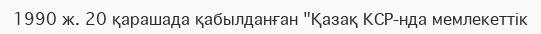
1990 ж. 20 қарашада қабылданған "Қазақ КСР-нда мемлекеттік